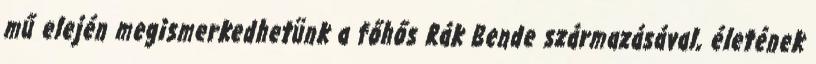
mű elején megismerkedhetünk a főhős Rák Bende származásával, életének